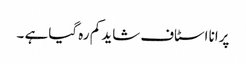
پرانا اسٹاف شاید کم رہ گیا ہے ۔